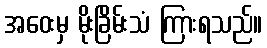
အဝေးမှ မိုးခြိမ်းသံ ကြားရသည်။